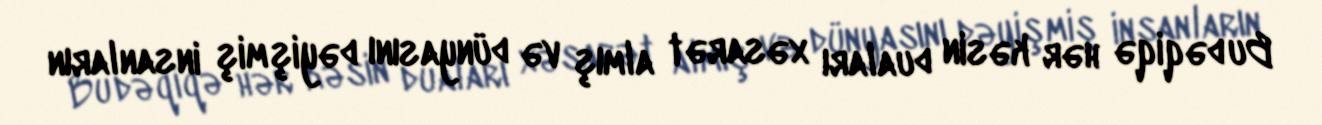
Bu dəqiqə hər kəsin duaları xəsarət almış və dünyasını dəyişmiş insanların